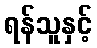
ရန်သူနှင့်